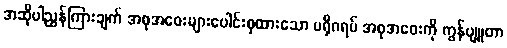
အဆိုပါညွှန်ကြားချက် အစုအဝေးများပေါင်းစုထားသော ပရိုဂရမ် အစုအဝေးကို ကွန်ပျူတာ